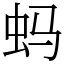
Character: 蚂